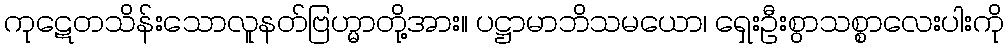
ကုဋေတသိန်းသောလူနတ်ဗြဟ္မာတို့အား။ ပဋ္ဌာမာဘိသမယော၊ ရှေးဦးစွာသစ္စာလေးပါးကို